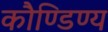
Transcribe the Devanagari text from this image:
कौण्डिण्य